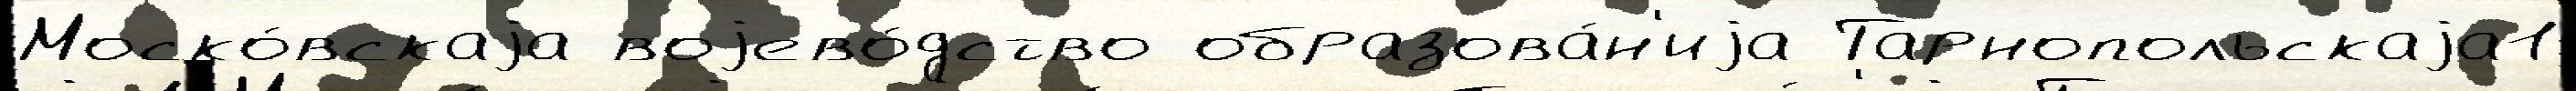
Моско́вскаjа воjево́дство образова́н'иjа Тарнопольскаjа1